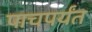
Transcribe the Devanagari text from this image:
पाचपर्यंत